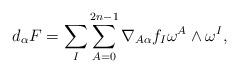
LaTeX: \begin{align*}\begin{aligned} d_\alpha F=\sum_{I}\sum_{A=0}^{2n-1} \nabla_{A\alpha}f_I \omega^A\wedge\omega^I, \end{aligned} \end{align*}